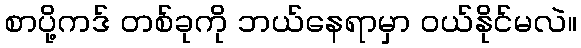
စာပို့ကဒ် တစ်ခုကို ဘယ်နေရာမှာ ဝယ်နိုင်မလဲ။